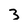
Character: 3